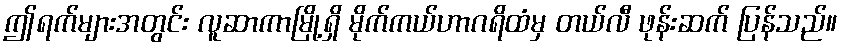
ဤရက်များအတွင်း လူဆာကာမြို့ရှိ မိုက်ကယ်ဟာဂရိထံမှ တယ်လီ ဖုန်းဆက် ပြန်သည်။